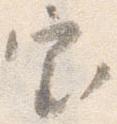
審